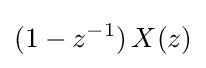
(1-z^{-1})\,X(z)